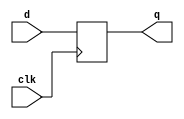
module dff(d,clk,q);
input d, clk;
output reg q;

always @ (posedge clk)
begin
q <= d;
end
endmodule

module dff_16(d,clk,q);
input [15:0]d;
input clk;
output reg [15:0]q;

always @ (posedge clk)
begin
q <= d;
end
endmodule